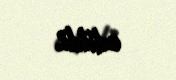
edildi.